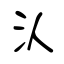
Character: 汄